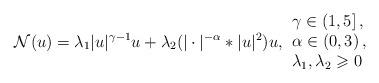
LaTeX: \begin{align*}\mathcal N(u)=\lambda_1|u|^{\gamma-1}u+\lambda_2(|\cdot|^{-\alpha}\ast|u|^2)u,\begin{array}{l}\gamma\in(1,5]\,, \\\alpha\in (0,3)\,, \\\lambda_1,\lambda_2\geqslant 0\end{array}\end{align*}